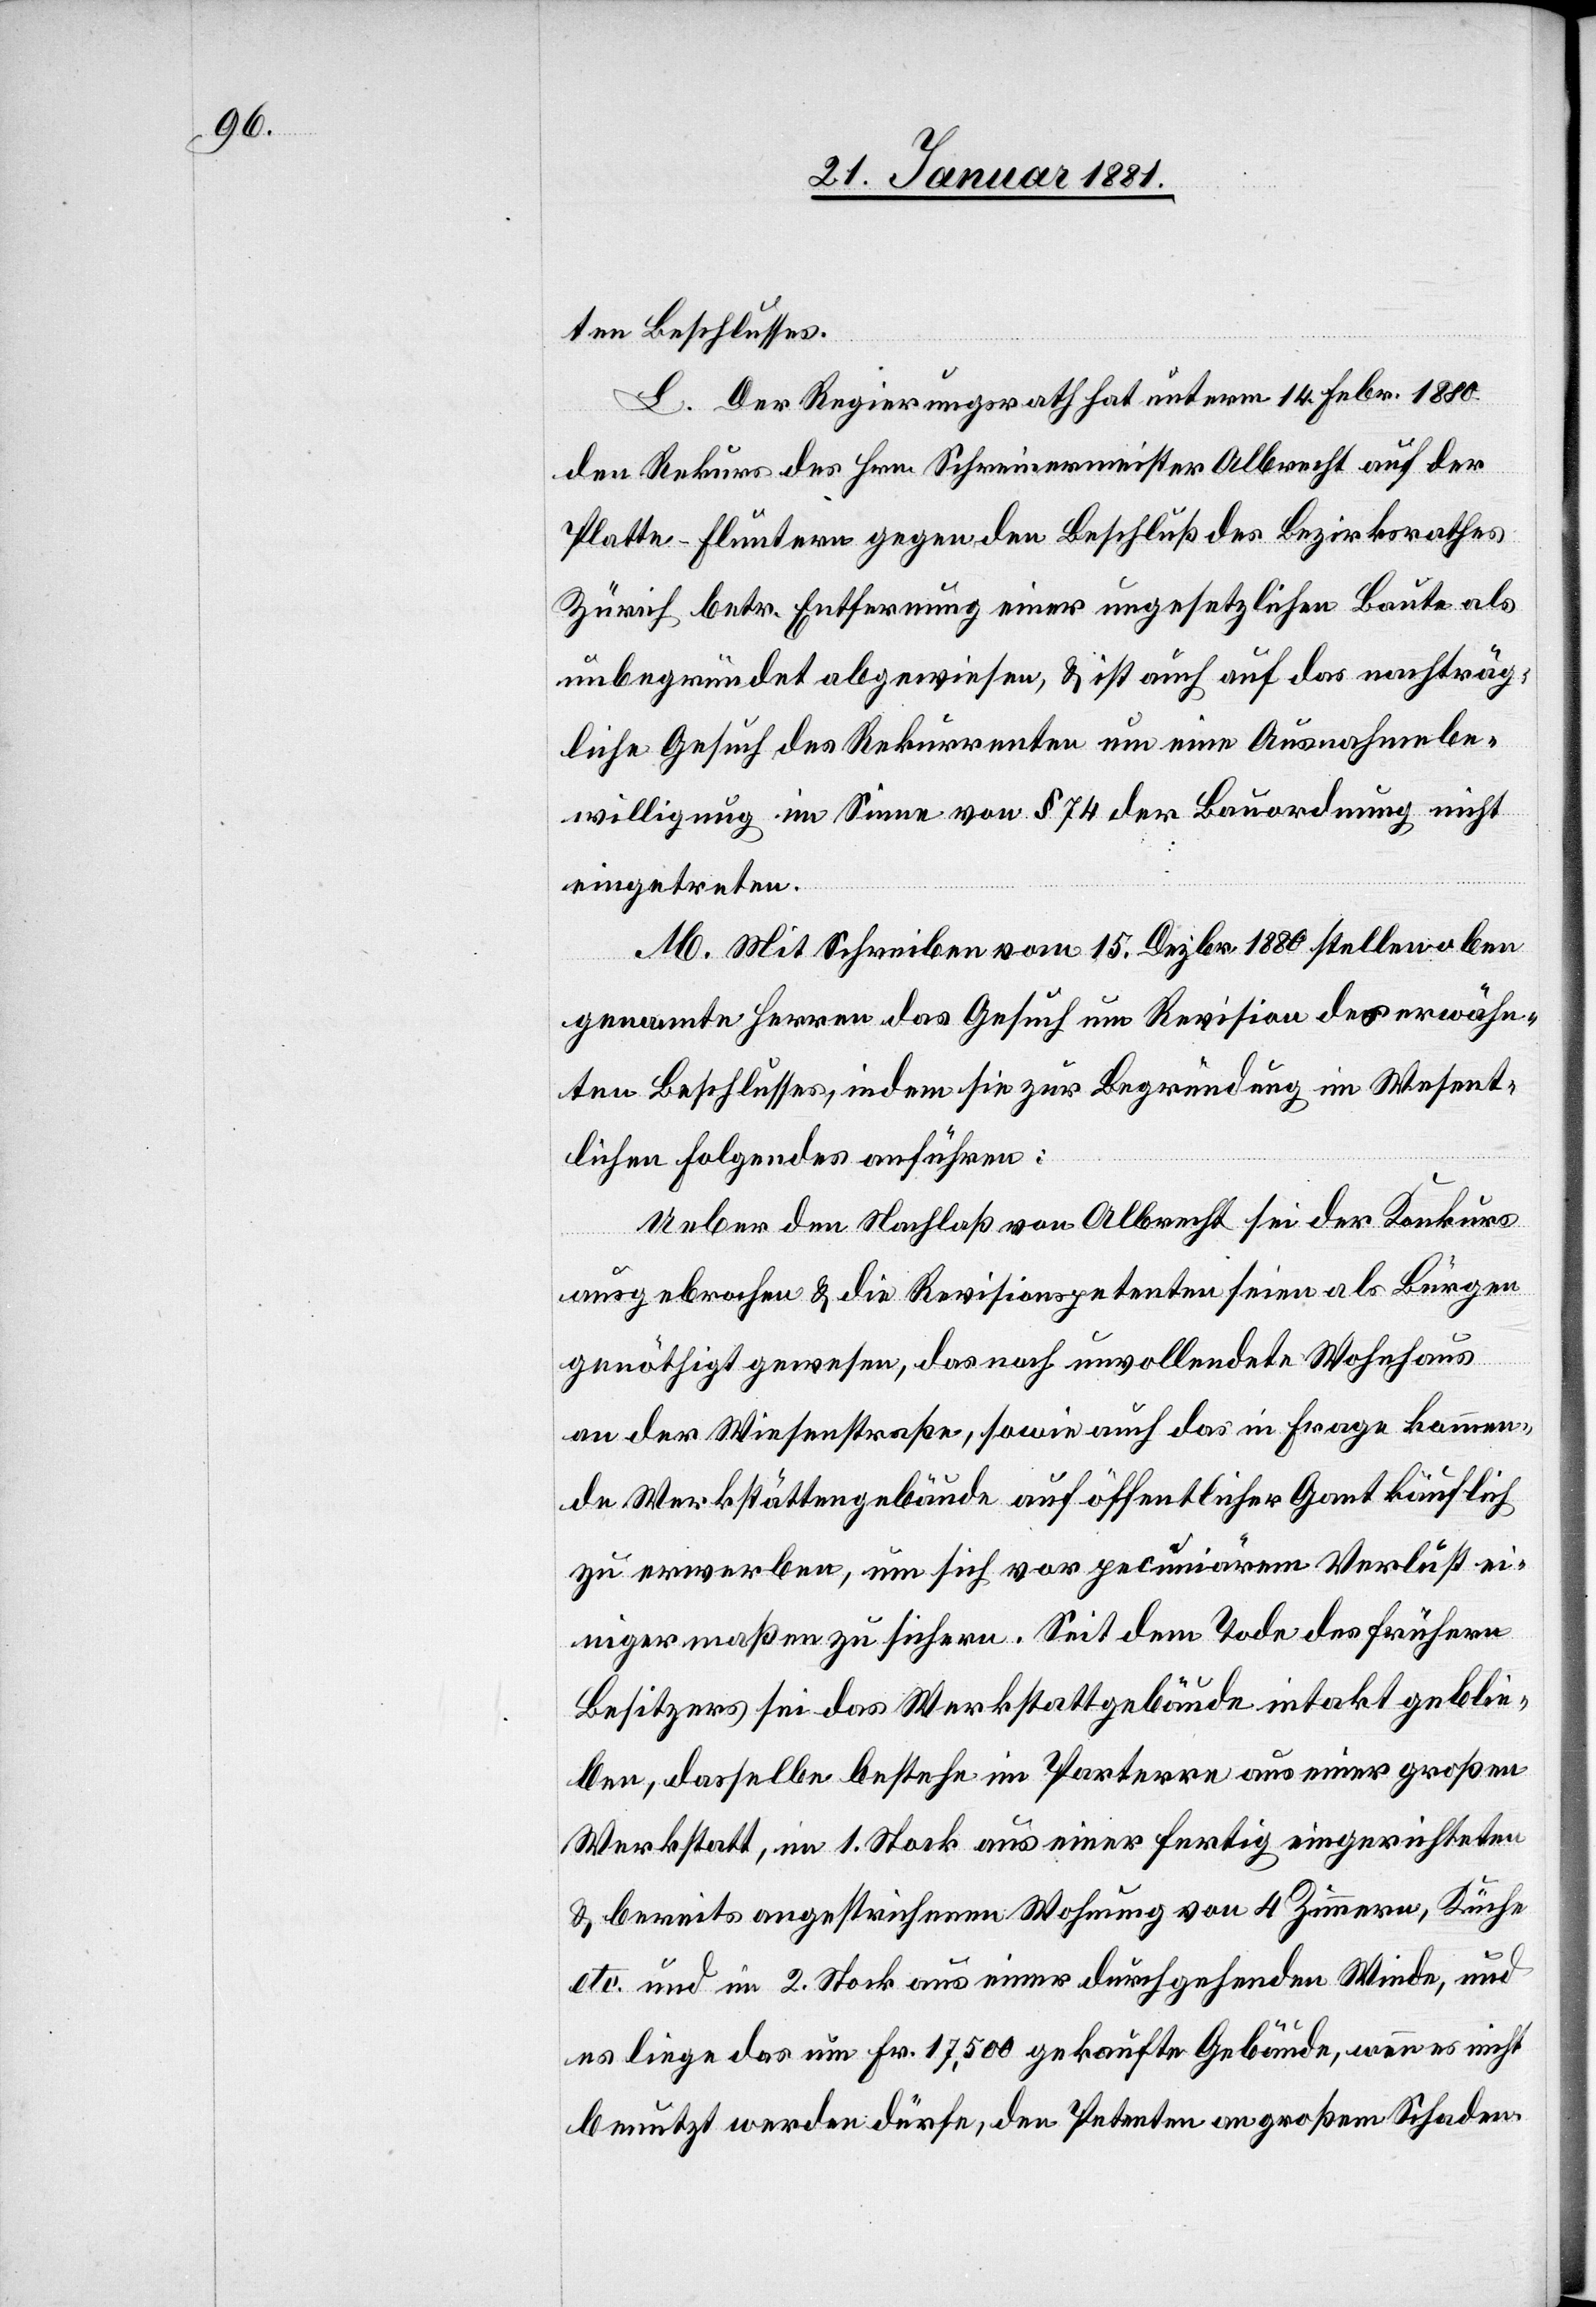
ten Beschlusses.
L. Der Regierungsrath hat unterm 14. Febr.1880
den Rekurs des Hrn. Schreinermeister Albrecht auf der
Platte - Fluntern gegen den Beschluß des Bezirksrathes
Zürich betr. Entfernung einer ungesetzlichen Baute als
unbegründet abgewiesen, & ist auch auf das nachträg¬
liche Gesuch des Rekurrenten um eine Ausnahmebe¬
willigung im Sinne von § 74 der Bauordnung nicht
eingetreten.
M. Mit Schreiben vom 15. Dezbr. 1880 stellen oben
genannte Herren das Gesuch um Revision des erwähn¬
ten Beschlusses, indem sie zur Begründung im Wesent¬
lichen folgendes anführen:
Ueber den Nachlaß von Albrecht sei der Konkurs
ausgebrochen & die Revisionspetenten seien als Bürgen
genöthigt gewesen, das noch unvollendete Wohnhaus
an der Wiesenstraße, sowie auch das in Frage kommen¬
de Werkstättengebäude auf öffentlicher Gant käuflich
zu erwerben, um sich vor pecuniärem Verlust ei¬
nigermaßen zu sichern. Seit dem Tode des frühern
Besitzers sei das Werkstattgebäude intakt geblie¬
ben, dasselbe bestehe im Parterre aus einer großen
Werkstatt, im 1. Stock aus einer fertig eingerichteten
& bereits angestrichenen Wohnung von 4 Zimmern, Küche
etc. und im 2. Stock aus einer durchgehenden Winde, und
es liege das um Fr. 17,500 gekaufte Gebäude, wenn es nicht
benutzt werden dürfe, den Petenten an großem Schaden.